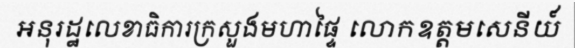
អនុរដ្ឋលេខាធិការក្រសួងមហាផ្ទៃ លោកឧត្តមសេនីយ៍